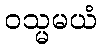
ဝသ္မမယံ